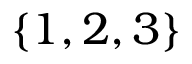
\{ 1 , 2 , 3 \}